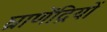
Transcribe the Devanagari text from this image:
घ्राणेंद्रियों